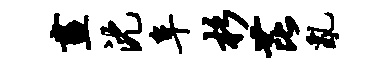
画沈阜杉芘乱